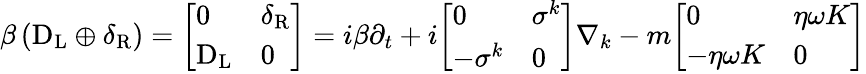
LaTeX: \beta\left(\mathrm{D}_{\mathrm{{L}}}\oplus\delta_{\mathrm{{R}}}\right)={\left[\begin{array}{ll}{0}&{\delta_{\mathrm{{R}}}}\\ {\mathrm{D}_{\mathrm{{L}}}}&{0}\end{array}\right]}=i\beta\partial_{t}+i{\left[\begin{array}{ll}{0}&{\sigma^{k}}\\ {-\sigma^{k}}&{0}\end{array}\right]}\nabla_{k}-m{\left[\begin{array}{ll}{0}&{\eta\omega K}\\ {-\eta\omega K}&{0}\end{array}\right]}